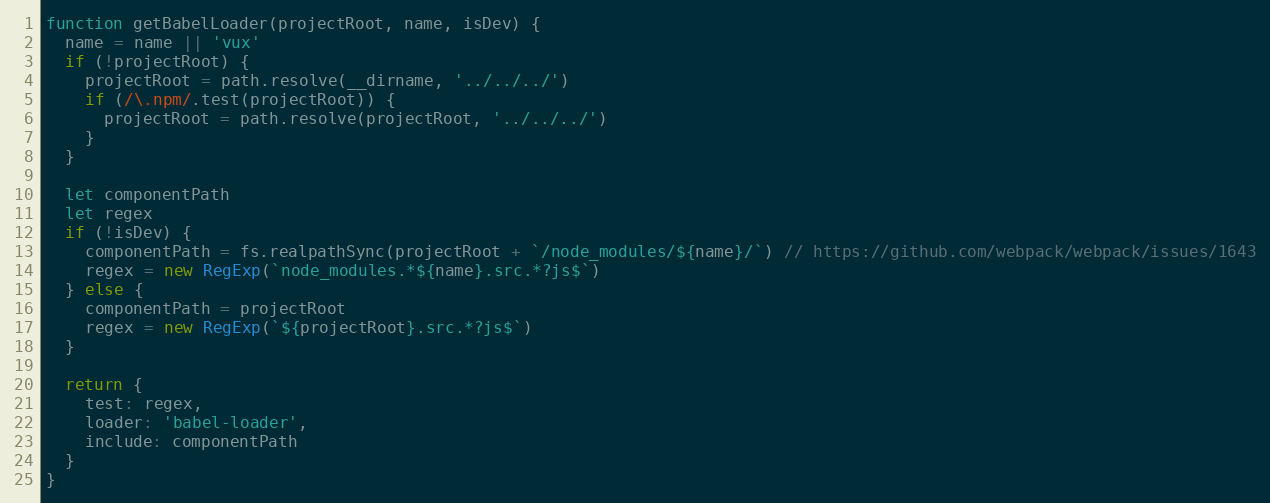
Language: JavaScript
function getBabelLoader(projectRoot, name, isDev) {
  name = name || 'vux'
  if (!projectRoot) {
    projectRoot = path.resolve(__dirname, '../../../')
    if (/\.npm/.test(projectRoot)) {
      projectRoot = path.resolve(projectRoot, '../../../')
    }
  }

  let componentPath
  let regex
  if (!isDev) {
    componentPath = fs.realpathSync(projectRoot + `/node_modules/${name}/`) // https://github.com/webpack/webpack/issues/1643
    regex = new RegExp(`node_modules.*${name}.src.*?js$`)
  } else {
    componentPath = projectRoot
    regex = new RegExp(`${projectRoot}.src.*?js$`)
  }

  return {
    test: regex,
    loader: 'babel-loader',
    include: componentPath
  }
}